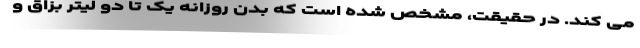
می کند. در حقیقت، مشخص شده است که بدن روزانه یک تا دو لیتر بزاق و